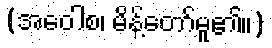
(အဝေါစ၊ မိန့်တော်မူ၏။)